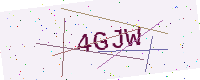
Text: 4GJW